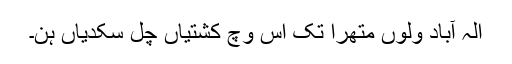
الہٰ آباد ولوں متھرا تکّ اس وچّ کشتیاں چل سکدیاں ہن۔